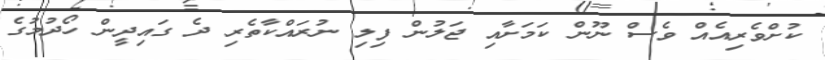
ކުށްވެރިއެއް ވެސް ނޫން ކަމަށާއި ޖަލުން ފިލި ނުރައްކާތެރި ދެ ގައިދީން ހޯދުމުގެ